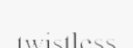
twistless